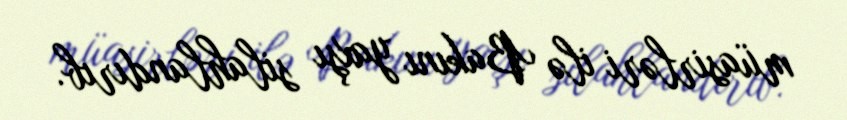
müasirləri ilə Bakını yaxşı silahlandırıb.